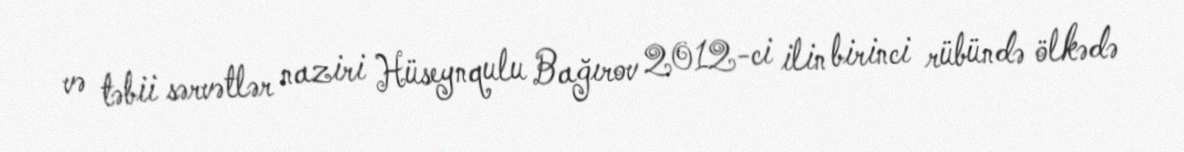
və təbii sərvətlər naziri Hüseynqulu Bağırov 2012-ci ilin birinci rübündə ölkədə